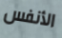
الأنفس